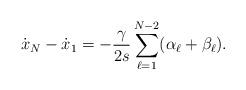
LaTeX: \begin{align*}\dot{x}_N-\dot{x}_1=-\frac{\gamma}{2s}\sum_{\ell=1}^{N-2}(\alpha_\ell+\beta_\ell).\end{align*}